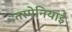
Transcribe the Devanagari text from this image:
तस्मेनियाई